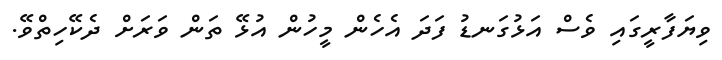
ވިޔަފާރީގައި ވެސް އަޅުގަނޑު ފަދަ އެހެން މީހުން އުޅޭ ތަން ވަރަށް ދެކޭހިތްވޭ.